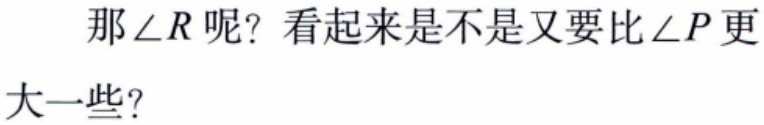
那\(\angle R\)呢？看起来是不是又要比\(\angle P\)更大一些？